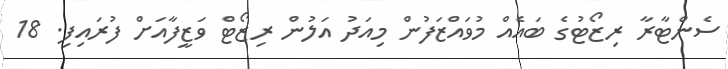
ސެންޓާރާ ރިޒޯޓުގެ ބައެއް މުވައްޒަފުން މިއަދު އަލުން ރިޒޯޓް ވަޒީފާއަށް ފުރައިފި. 18